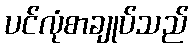
ပင်လုံစာချုပ်သည်